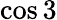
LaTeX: \cos 3